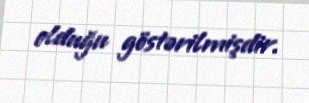
olduğu göstərilmişdir.